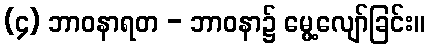
(၄) ဘာဝနာရတ - ဘာဝနာ၌ မွေ့လျော်ခြင်း။